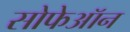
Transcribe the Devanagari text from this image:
सोफेऑन